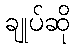
ချုပ်ဆို